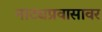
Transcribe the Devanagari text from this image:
नाट्यप्रवासावर